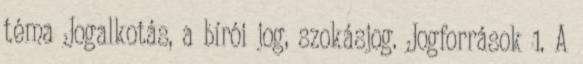
téma Jogalkotás, a bírói jog, szokásjog. Jogforrások 1. A